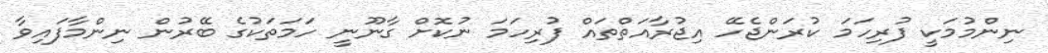
ނިންމުމަކީ ފުރިހަމަ ކުރަންޖެހޭ އިޖުރާއަތްތައް ފުރިހަމަ ނުކޮށް ގާނޫނީ ހަމަތަކުގެ ބޭރުން ނިންމާފައިވާ